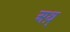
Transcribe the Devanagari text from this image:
अथ़्